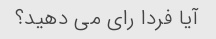
آیا فردا رای می دهید؟